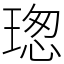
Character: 𤧚